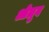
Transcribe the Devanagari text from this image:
ओलुव